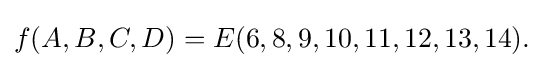
f(A,B,C,D)=E(6,8,9,10,11,12,13,14).\